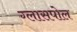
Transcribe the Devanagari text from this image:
ग्लासपोल